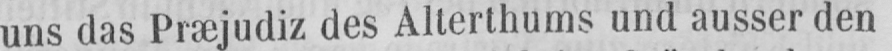
uns das Præjudiz des Alterthums und ausser den